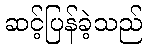
ဆင့်ပြန်ခဲ့သည်